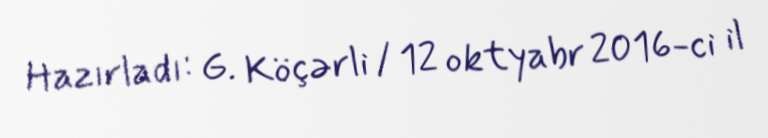
Hazırladı: G. Köçərli / 12 oktyabr 2016-ci il